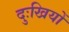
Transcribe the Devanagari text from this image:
दुःखियों